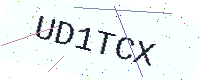
Text: UD1TCX